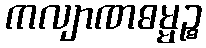
ကလျာဏဓမ္မဉ္စ